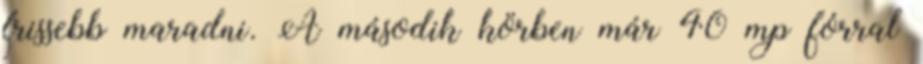
frissebb maradni. A második körben már 40 mp fórral